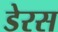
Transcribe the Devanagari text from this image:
डेरस